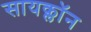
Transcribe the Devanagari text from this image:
सायक्लॉन